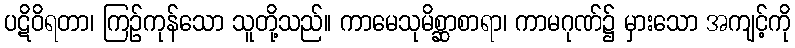
ပဋိဝိရတာ၊ ကြဉ်ကုန်သော သူတို့သည်။ ကာမေသုမိစ္ဆာစာရာ၊ ကာမဂုဏ်၌ မှားသော အကျင့်ကို